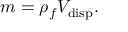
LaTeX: m = \rho _ { f } V _ { \mathrm { d i s p } } .